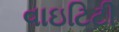
વાઇટિટી